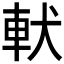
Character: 𲄳